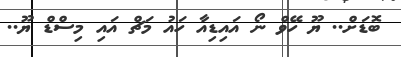
ބޮޑަށް.. ޔޫ ހޭވް ނޯ އައިޑިއާ ހައު މަޗް އައި މިސްޑް ޔޫ..